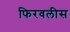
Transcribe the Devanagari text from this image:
फिरवलीस